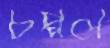
চপ্পল